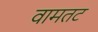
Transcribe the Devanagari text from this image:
वामतट